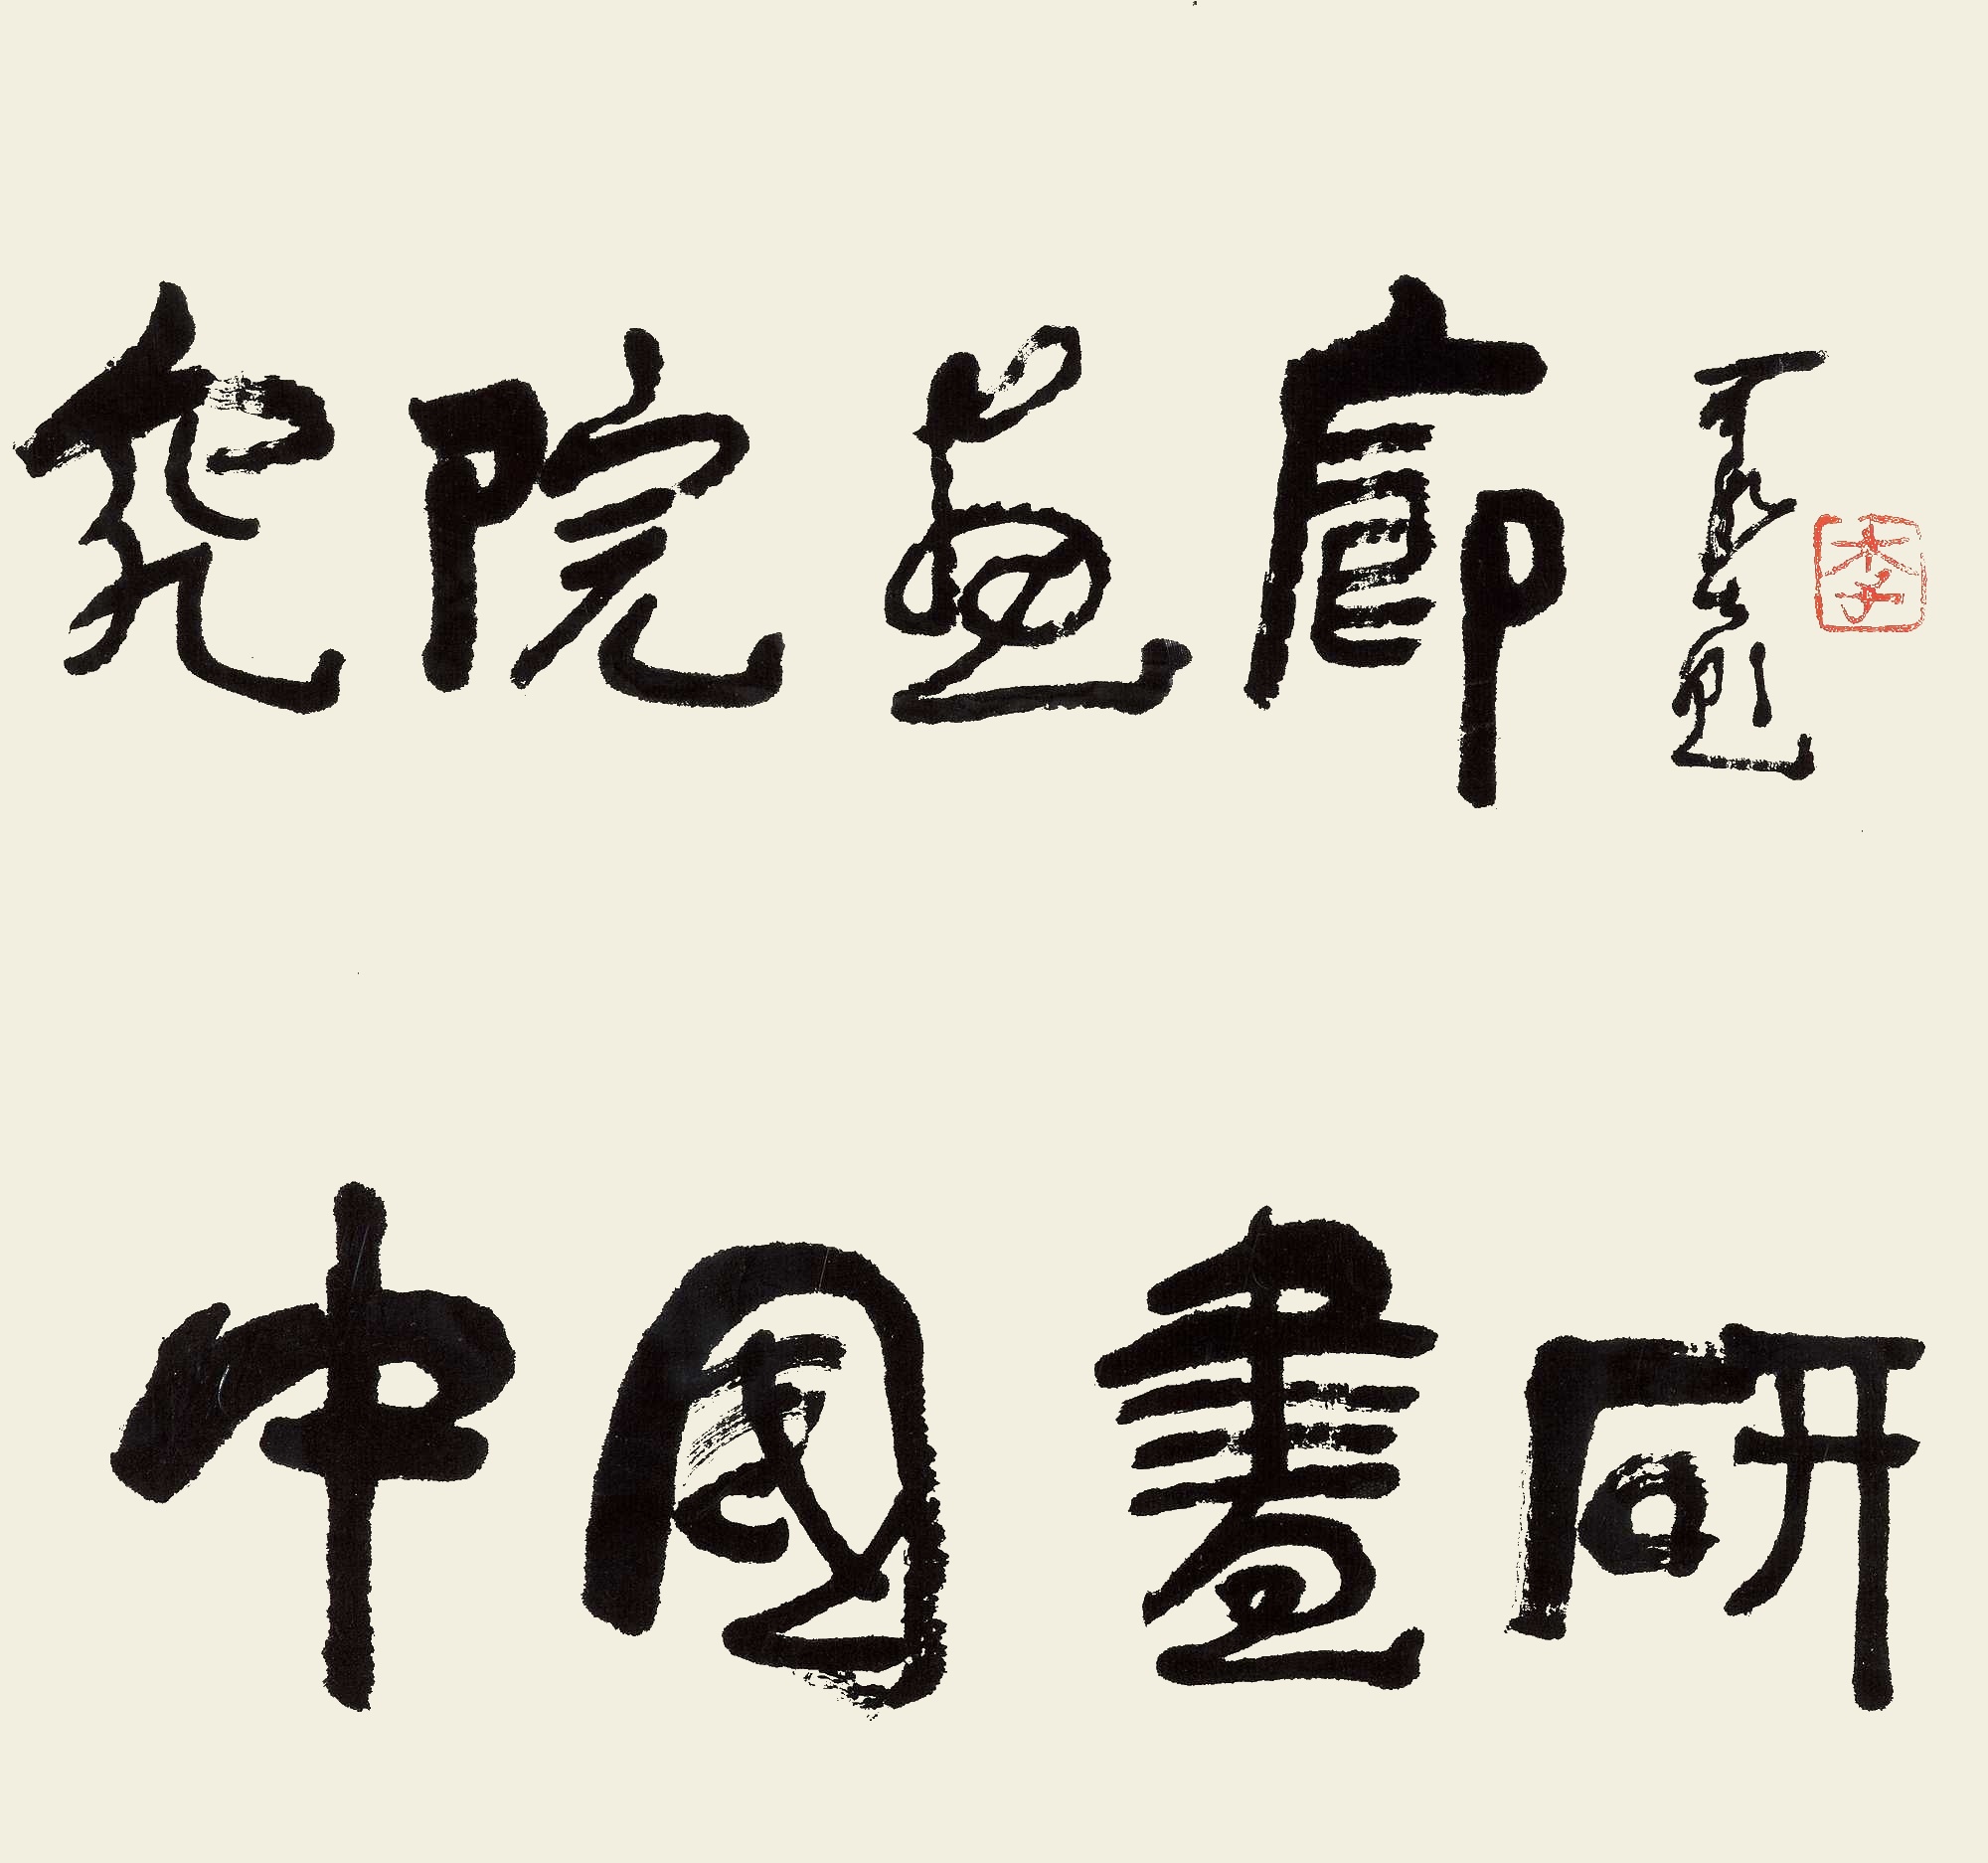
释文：中国画研究院画廊。可染题。